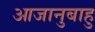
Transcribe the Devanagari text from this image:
आजानुबाहु